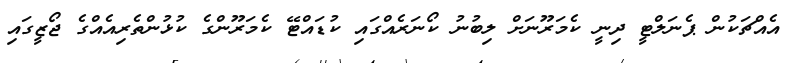
އެއްޗަކުން ޕެނަލްޓީ ދިނީ ކެމަރޫނަށް ލިބުނު ކޯނަރެއްގައި ކުޑައްޓޭ ކެމަރޫންގެ ކުޅުންތެރިއެއްގެ ޖޯޒީގައި